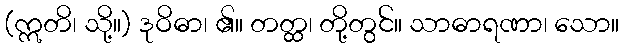
(ဣတိ၊ သို့။) ဒုဝိဓာ၊ ၏။ တတ္ထ၊ တို့တွင်။ သာဓာရဏာ၊ သော။